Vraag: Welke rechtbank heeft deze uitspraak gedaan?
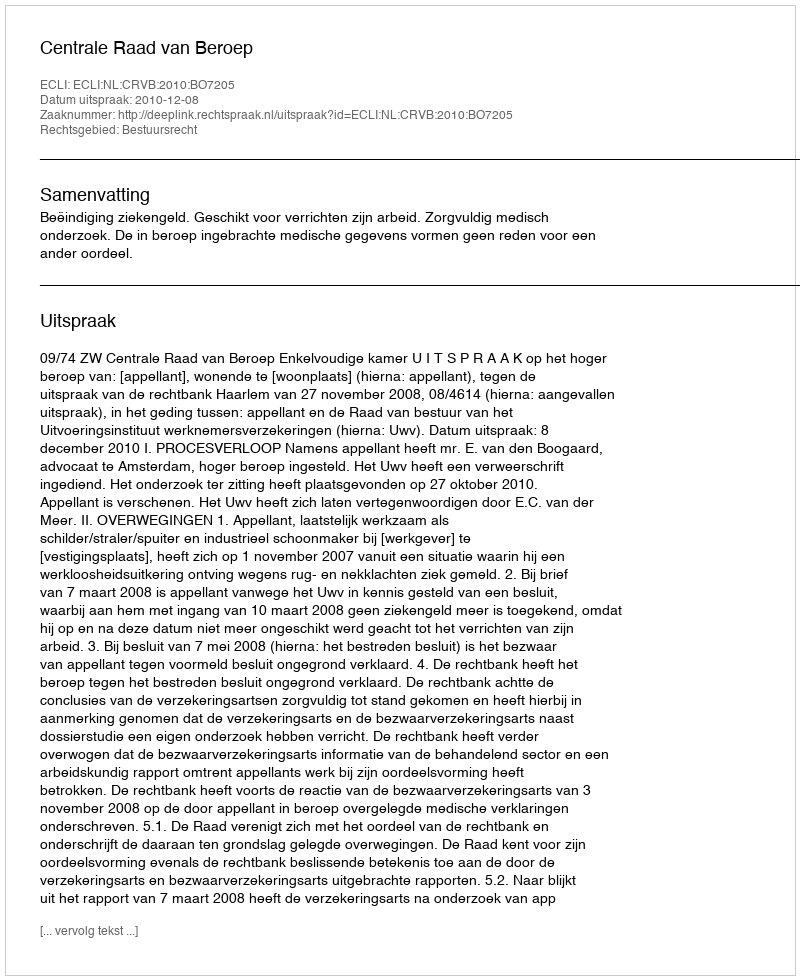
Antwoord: Centrale Raad van Beroep